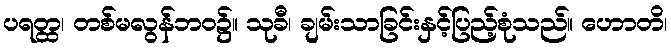
ပရတ္ထ၊ တစ်မလွန်ဘဝ၌။ သုခီ၊ ချမ်းသာခြင်းနှင့်ပြည့်စုံသည်။ ဟောတိ၊